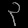
Digit: ၃